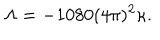
LaTeX: \Lambda = - 1 0 8 0 ( 4 \pi ) ^ { 2 } \kappa .